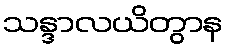
သန္ဒာလယိတွာန